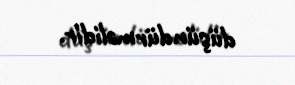
düşündürməlidir.